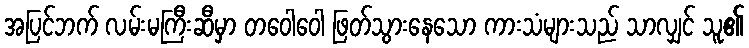
အပြင်ဘက် လမ်းမကြီးဆီမှာ တဝေါဝေါ ဖြတ်သွားနေသော ကားသံများသည် သာလျှင် သူ၏